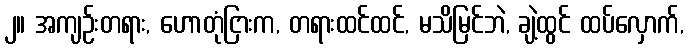
၂။ အကျဉ်းတရား, ဟောတုံငြားက, တရားထင်ထင်, မသိမြင်ဘဲ, ချဲ့ထွင် ထပ်လှောက်,